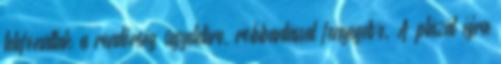
telefonáltak a rendőrség ügyeletére, robbantással fenyegetve. A plázát újra